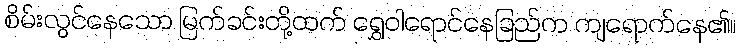
စိမ်းလွင်နေသော မြက်ခင်းတို့ထက် ရွှေဝါရောင်နေခြည်က ကျရောက်နေ၏။